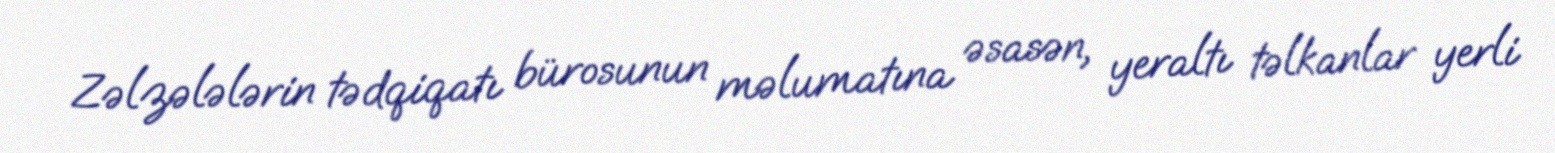
Zəlzələlərin tədqiqatı bürosunun məlumatına əsasən, yeraltı təlkanlar yerli